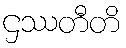
ဌဿတီတိ